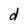
Character: d